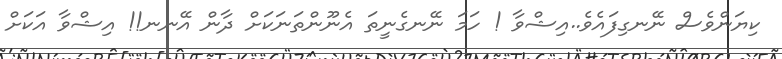
ކިޔަންވެސް ނޭނގިފައެވެ..އިޝްވާ ! ހަމަ ނޭނގެނީތަ އެނޫންތަނަކަށް ދާން އޭނނ!! އިޝްވާ އަކަށް